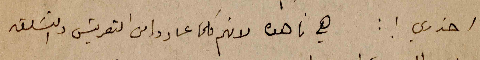
احذري! : هي ناهده لانهم كلما عادوا من التعريش والتسَلق